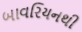
બાવરિયનથી